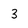
Character: 3